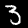
Digit: 3